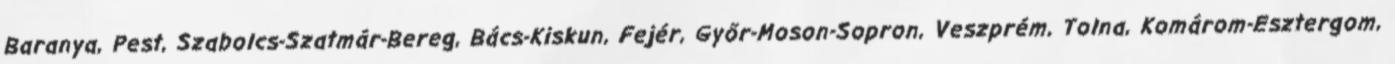
Baranya, Pest, Szabolcs-Szatmár-Bereg, Bács-Kiskun, Fejér, Győr-Moson-Sopron, Veszprém, Tolna, Komárom-Esztergom,